Rangoon Lunatic Asylum 1878-1892 - 1878-1892
Year: 1878
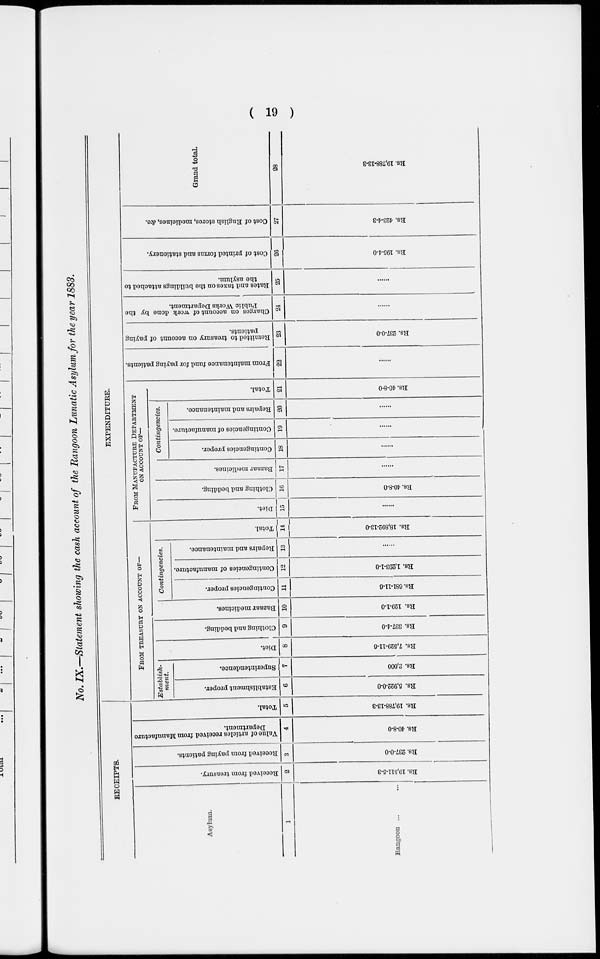
( 19 )
No. IX.—Statement showing the cash account of the Rangoon Lunatic Asylum for the year 1883.
RECEIPTS.
Asylum.
1
Rangoon ...
Received from treasury.
2
Rs. 19,511-5-3
Received from paying patients.
3
Rs. 237-0-0
Value of articles received from Manufacture
Department.
4
Rs. 40-8-0
Total.
5
Rs. 19,788-13-3
EXPENDITURE.
FROM TREASURY ON ACCOUNT OF—
Establish-
ment.
Establishment proper.
6
Rs. 5,922-0-0
Superintendence.
7
Rs. 3,000
Diet.
8
Rs. 7,529-11-6
Clothing and beddi ng.
9
Rs. 337-4-0
Ba z a a r medicines.
10
Rs. 129-1-0
Contingencies.
Contingencies proper.
11
Rs. 681-11-6
Contingencies of manufacture.
12
Rs. 1,293-1-0
Repairs and maintenance.
13
......
Tot al .
14
Rs. 18,892-13-0
FROM MANUFACTURE DEPARTMENT
ON ACCOUNT OF—
Di et .
15
......
Clothing and bedding.
16
Rs. 40-8-0
Ba z a a r medicines.
17
......
Contingencies.
Contingencies proper.
18
......
Contingencies of manufacture.
19
......
Repairs and maintenance.
20
......
Tot al .
21
Rs. 40-8-0
From maintenance fund for paying patients.
22
......
Remitted to treasury on account of paying
patients.
23
Rs. 237-0-0
Charges on account of work done by the
Public Works Department.
24
......
Rates and taxes on the buildings attached to
the asylum.
25
......
Cost of printed forms and stationery.
26
Rs. 195-4-0
Cost of English stores, medicines, &c.
27
Rs. 423-4-3
Grand total.
28
Rs. 19,788-13-3